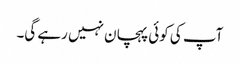
آپ کی کوئی پہچان نہیں رہے گی۔